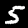
Digit: 5